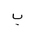
Letter: _ba